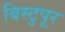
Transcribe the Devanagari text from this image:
बिस्टुपूर